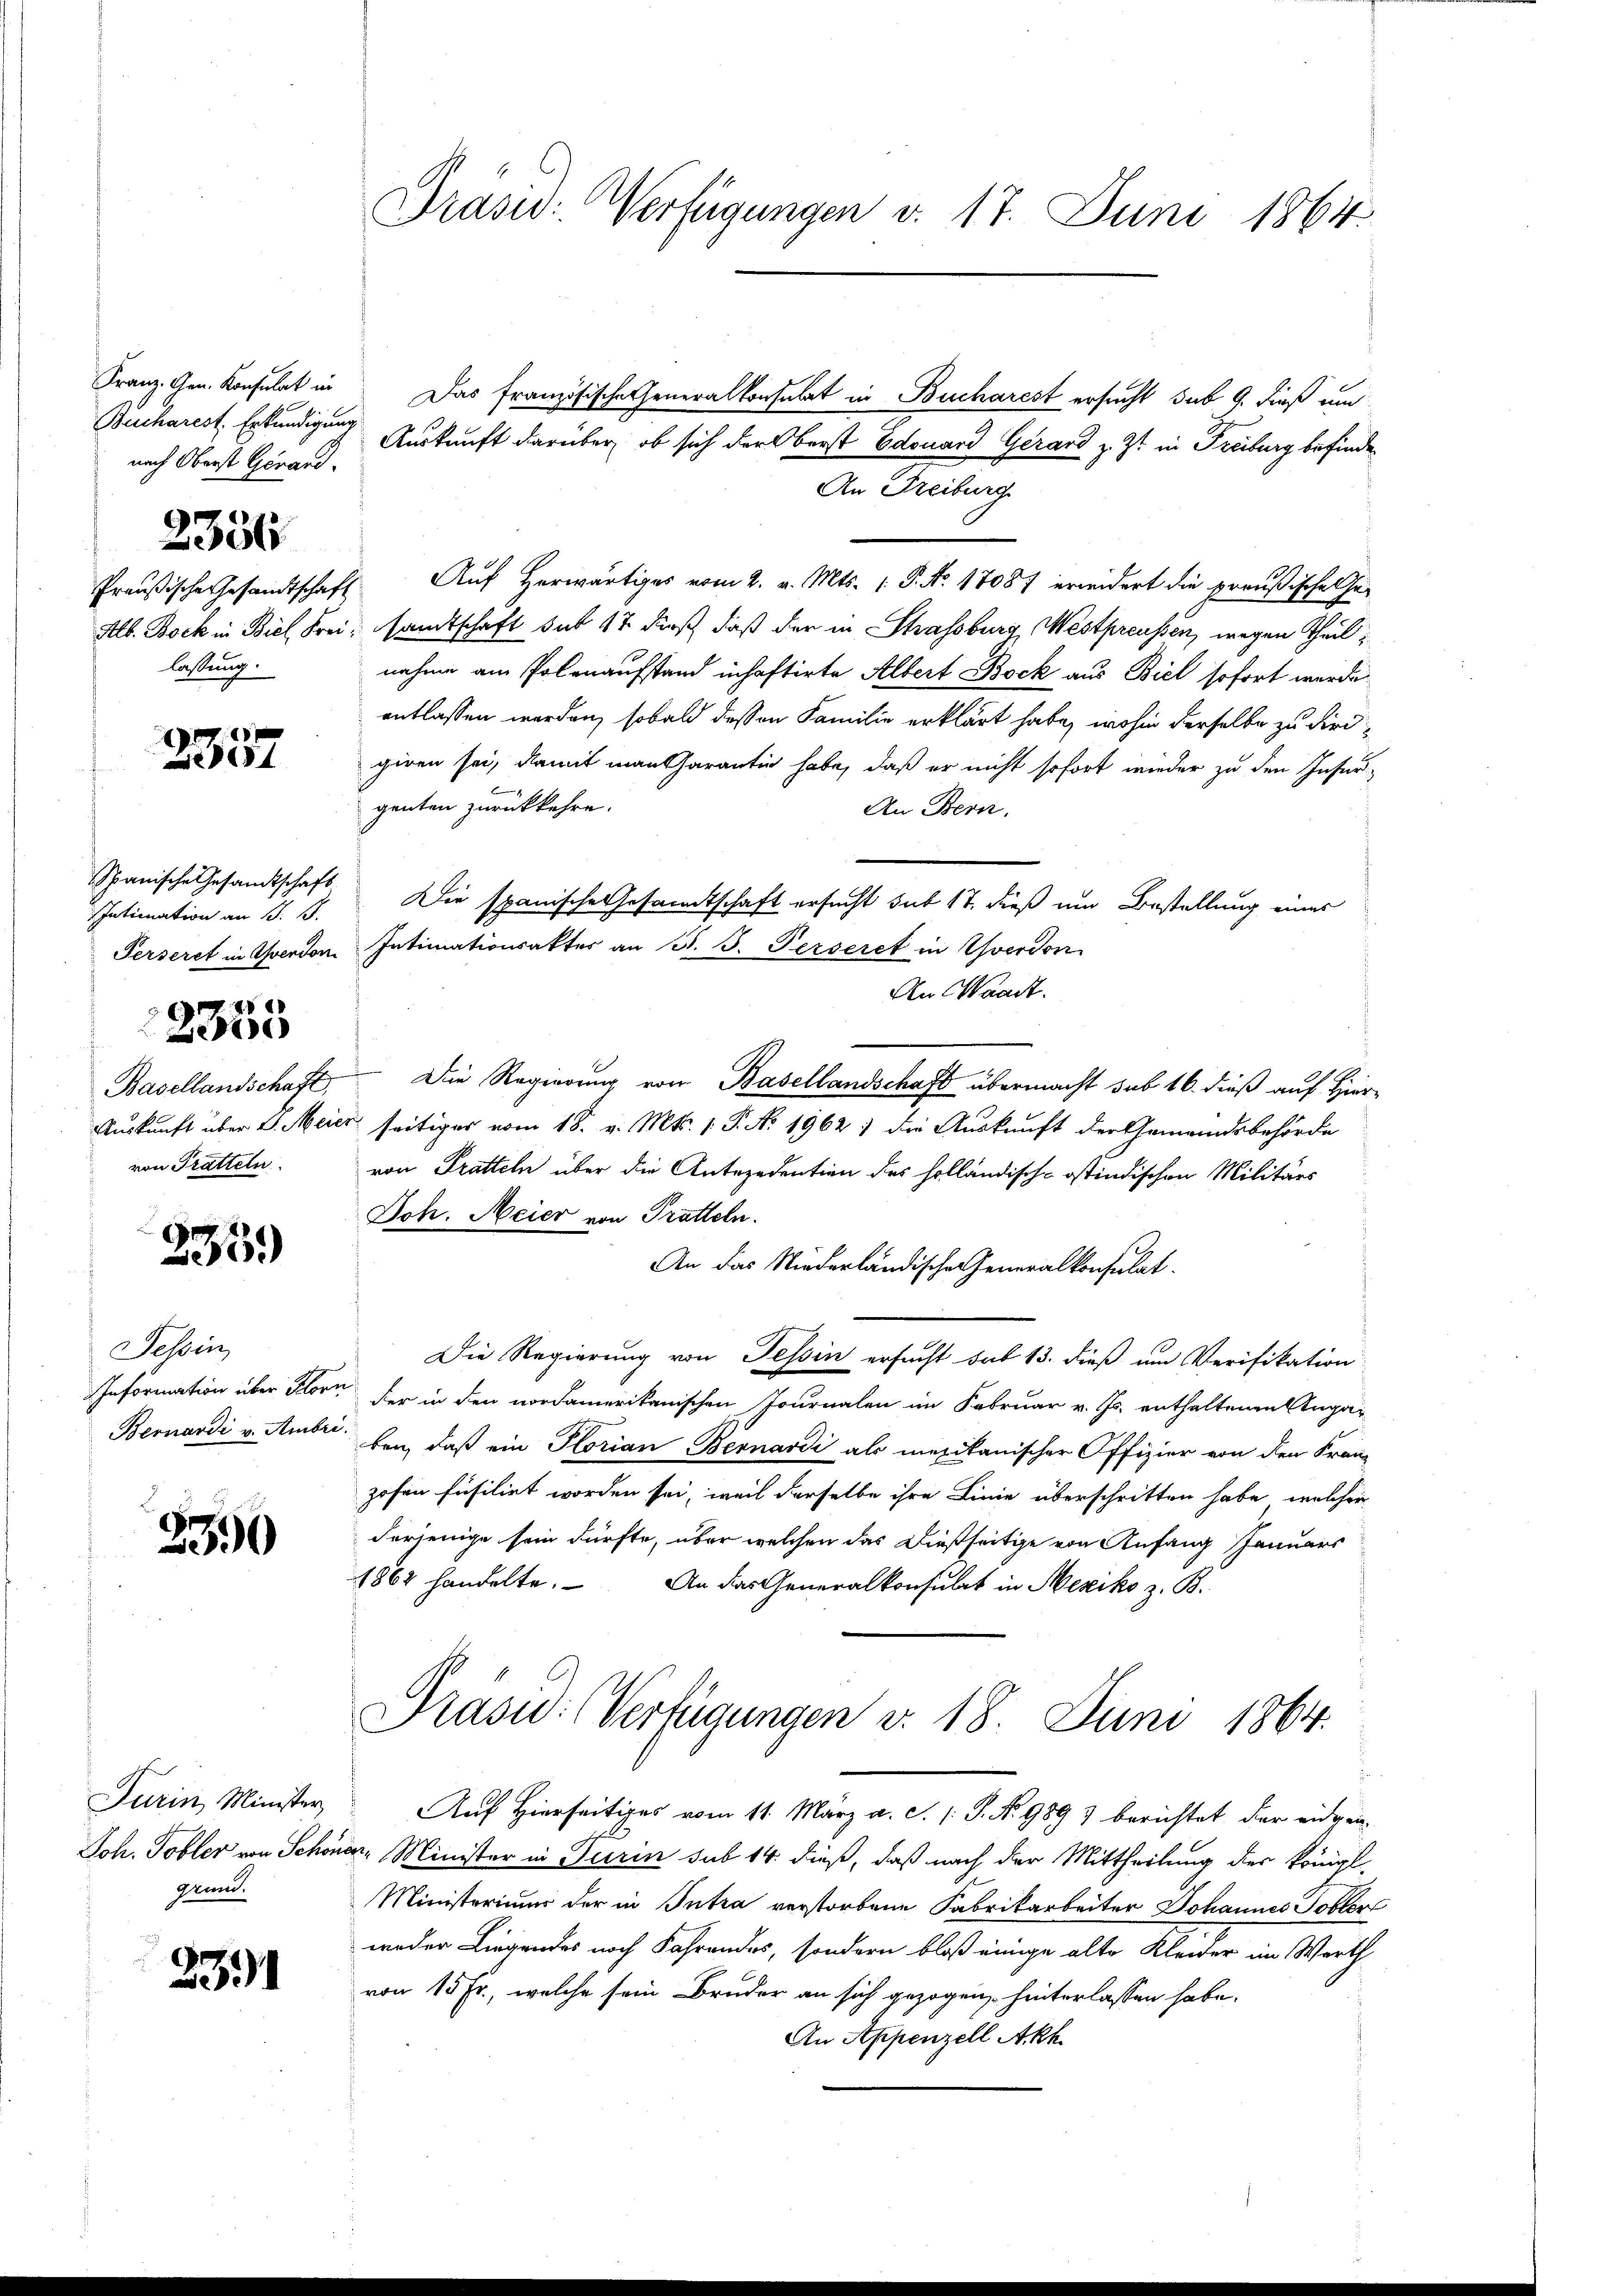
Franz. Gen. Konsulat in
Bucharest Erkundigung
nach Oberst Genand.
2336
lassung.

x
Z104

Spanische Gesandtschaft
Intimation an J. B.
Ferseret in verdon

Basellandschaft,
Auskunft über L. Meie
von Tratteln.

4
e

2359)

Tessin
Information über Flore
Bernardi v. Ambri

3390

Turin Minister,
grund.

2391

Präsid. Verfügungen v. 17. Juni 1864.

Das Französische Generalkonsulat in Bucharest ersucht sub 9. dieß um
An Freiburg
Preußische Gesandtschaft Auf herwärtiges vom 2. v. Mts. 1. P. Nr. 17087 erwidert die preußische Ge¬
Alb. Bock in Biel Frei, samtschaft sit 47 dieß, daß der in Strassburg, Westpreussen, wegen Theilnahme am Polenaufstand inhaftirte Albert Bock aus Biel sofort werde.
entlassen werden, sobald dessen Familie erklärt habe, wohin derselbe zu dirdgiren sei, damit man Charantin habe, daß er nicht sofort wieder zu den Insergenten zurückkehre.
An Bern.
Die spanische Gesandtschaft ersucht sub 17, dieß um Bestellung eines
Intimationsakter an J. J. Perseret in Yverdon
An Waadt.
Die Regierung von Basellandschaft übermacht sub 16. dieß auf Hier-
 seitiges vom 18. v. Mts. 1. P. No 1962; die Auskunft der Gemeindsbehörde
von Tratteln über die Antecedention des holländische ostindischen Militärs
Joh. Meier von Tratteln.
An das Niederländischen Generalkonsulat
Die Regierung von Tessin ersucht sub 13. dieß um Verifikation
der in den nordamerikanischen Journalen im Februar v. Js. enthaltenen Angaben, daß ein Florian Bernardi als mexikanischer Offizier von den Franz
hohen Füsiliet worden sei, weil derselbe ihre Linie überschritten habe, welcher
derjenige sein dürfte, über welchen das dießseitige von Anfang Januars
1862 handelte. An das Generalkonsulat in Mexiko z. B.

Auskunft darüber, ob sich der Oberst Edouard Gerard z. Zt. in Freiburg befinde¬

Prasw: (Verfügungen v. 18. Juni 1864.

Auf Hierseitiges vom 11. März a. c. /: P. Nr. 989 3 berichtet der eidgen
Joh. Tobler von Schöner, Minister in Turin sub 14. dieß, daß nach der Mittheilung des königl.
Ministeriums der in Intra verstorbene Fabrikarbeiter Johannes Tobler
weder Liegendes noch Fahrendes, sondern bloß einige alte Kleider im Werth
von 15 Fr., welche sein Bruder an sich gezogen hinterlassen habe.
An Appenzell Akh.